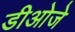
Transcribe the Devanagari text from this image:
डीओजे